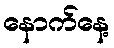
နောက်နေ့